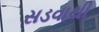
સડવાથી